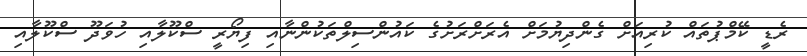
ރެޑީ ކޭމްޕުތައް ކުރިއަށް ގެންދިޔުމަށް އެރަށްރަށުގެ ކައުންސިލްތަކުންނާއި ފިޔޯރީ ސްކޫލާއި ހުވަދޫ ސްކޫލާއި